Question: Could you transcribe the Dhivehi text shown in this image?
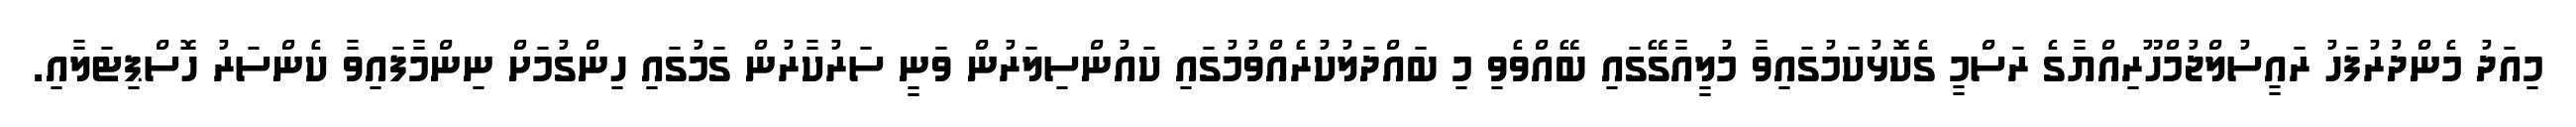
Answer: މިއަދު މެންދުރުފަހު ރައީސުލްޖުމްހޫރިއްޔާގެ ރަސްމީ ގެކޮޅުކަމުގައިވާ މުލީއާގޭގައި ބޭއްވެވި މި ބައްދަލުކުރެއްވުމުގައި ކައުންސިލަރުން ވަނީ ސަރުކާރުން ގަމުގައި ހިންގުމަށް ނިންމާފައިވާ ކެންސަރު ހޮސްޕިޓަލާއި.